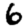
Digit: 6